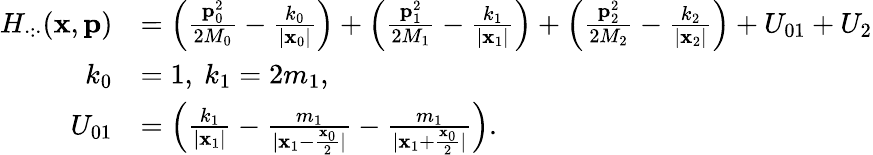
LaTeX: \begin{array}{rl}{H_{\cdot:\cdot}(\mathbf{x},\mathbf{p})}&{=\left(\frac{\mathbf{p}_{0}^{2}}{2M_{0}}-\frac{k_{0}}{|\mathbf{x}_{0}|}\right)+\left(\frac{\mathbf{p}_{1}^{2}}{2M_{1}}-\frac{k_{1}}{|\mathbf{x}_{1}|}\right)+\left(\frac{\mathbf{p}_{2}^{2}}{2M_{2}}-\frac{k_{2}}{|\mathbf{x}_{2}|}\right)+U_{01}+U_{2}}\\ {k_{0}}&{=1,\ k_{1}=2m_{1},\quad}\\ {U_{01}}&{=\left(\frac{k_{1}}{|\mathbf{x}_{1}|}-\frac{m_{1}}{|\mathbf{x}_{1}-\frac{\mathbf{x}_{0}}{2}|}-\frac{m_{1}}{|\mathbf{x}_{1}+\frac{\mathbf{x}_{0}}{2}|}\right).}\end{array}